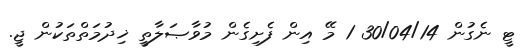
ޓީ ނެގުން 30/04/14 1 މޭ އިން ފެށިގެން މުވާޞަލާތީ ޚިދުމަތްތަކުން ޖީ.